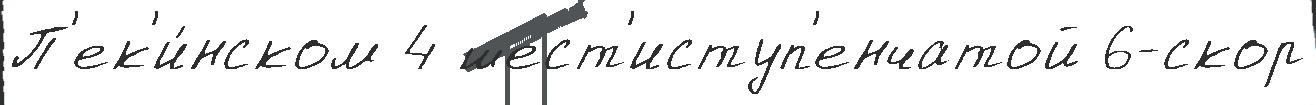
П'ек'и́нском 4 шест'иступ'енчатой 6-скор